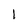
Character: I